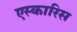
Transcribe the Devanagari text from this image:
एस्कारिस